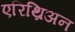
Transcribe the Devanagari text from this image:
एरिथ्रिअन